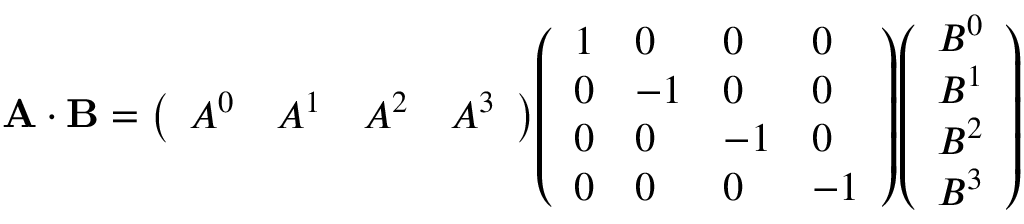
\mathbf { A \cdot B } = { \left( \begin{array} { l l l l } { A ^ { 0 } } & { A ^ { 1 } } & { A ^ { 2 } } & { A ^ { 3 } } \end{array} \right) } { \left( \begin{array} { l l l l } { 1 } & { 0 } & { 0 } & { 0 } \\ { 0 } & { - 1 } & { 0 } & { 0 } \\ { 0 } & { 0 } & { - 1 } & { 0 } \\ { 0 } & { 0 } & { 0 } & { - 1 } \end{array} \right) } { \left( \begin{array} { l } { B ^ { 0 } } \\ { B ^ { 1 } } \\ { B ^ { 2 } } \\ { B ^ { 3 } } \end{array} \right) }